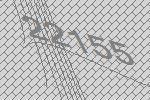
22155